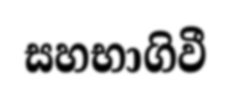
සහභාගිවී